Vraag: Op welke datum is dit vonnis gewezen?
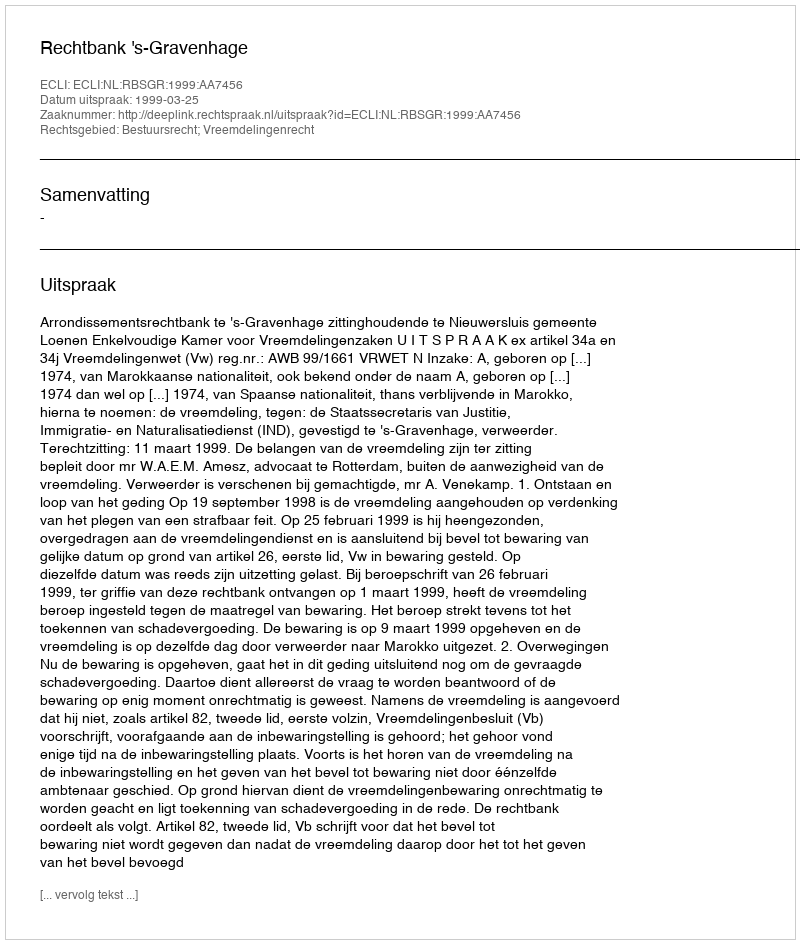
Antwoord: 1999-03-25